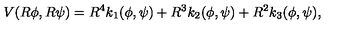
V ( R \phi , R \psi ) = R ^ { 4 } k _ { 1 } ( \phi , \psi ) + R ^ { 3 } k _ { 2 } ( \phi , \psi ) + R ^ { 2 } k _ { 3 } ( \phi , \psi ) ,